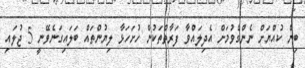
ބިން ކުއްޔަށް ނެންގެވުމަށް އެދިލައްވާ ފަރާތްތަކުން ހުށަހަޅާ ލިޔުންތައް ބަލައިގަނެވޭނީ 5 ޖުލައި